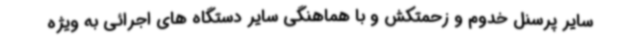
سایر پرسنل خدوم و زحمتکش و با هماهنگی سایر دستگاه های اجرائی به ویژه